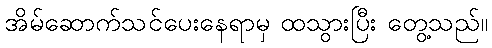
အိမ်ဆောက်သင်ပေးနေရာမှ ထသွားပြီး တွေ့သည်။